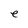
Character: e